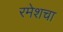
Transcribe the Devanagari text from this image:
रमेशचा